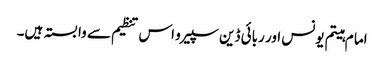
اما م ہیتم یونس اور ربائی ڈین سپیرو اس تنظیم سے وابستہ ہیں۔